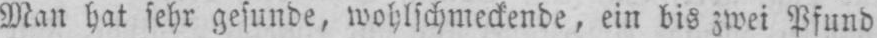
Man hat sehr gesunde, wohlschmeckende, ein bis zwei Pfund